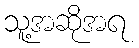
သူ့အဆိုအရ